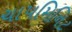
ચાપમિનિટ